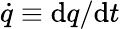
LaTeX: {\dot{q}}\equiv\mathrm{d}q/\mathrm{d}t